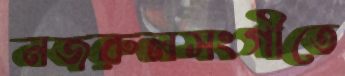
নজরুলসংগীতে